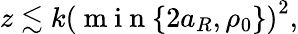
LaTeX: z\lesssim k\left(\mathrm{~m~i~n~}\{ 2a_{R},\rho_{0}\} \right)^{2},